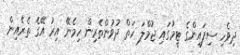
ދިވެހި ސިފައިންގެ ޓީމުގައި ޖުމްލަ ހަތް ދުވުންތެރިން ހިމެނޭ އިރު އޭގެ ތެރެއިން